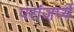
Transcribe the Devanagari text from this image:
परांजप्ये